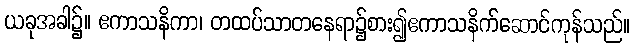
ယခုအခါ၌။ ဧကာသနိကာ၊ တထပ်သာတနေရာ၌စား၍ဧကာသနိက်ဆောင်ကုန်သည်။